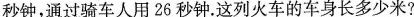
秒钟，通过骑车人用26秒钟。这列火车的车身长多少米?